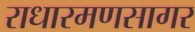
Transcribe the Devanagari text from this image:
राधारमणसागर